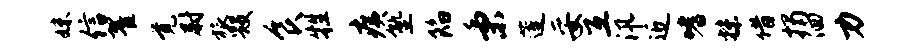
妹信翟觉尉旅毁食牲痍塾陷秉莲妥互汛近嗜抹借揭洄力